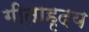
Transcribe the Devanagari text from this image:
गीताहृदय